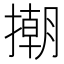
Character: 𢴿